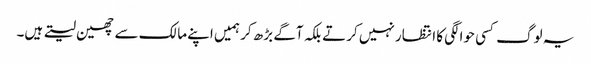
یہ لوگ کسی حوالگی کا انتظار نہیں کرتے بلکہ آگے بڑھ کر ہمیں اپنے مالک سے چھین لیتے ہیں۔